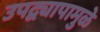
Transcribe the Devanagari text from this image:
उपद्व्यापामुळे